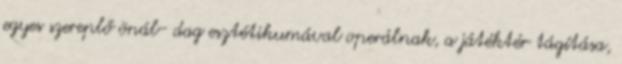
egyes szereplő önál- dag esztétikumával operálnak, a játéktér tágítása,